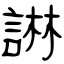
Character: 諃